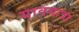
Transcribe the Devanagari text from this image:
गावयात्रा